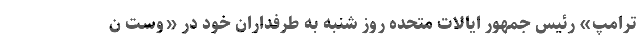
ترامپ» رئیس جمهور ایالات متحده روز شنبه به طرفداران خود در «وست ن